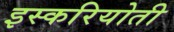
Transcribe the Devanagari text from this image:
इस्करियोती